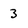
Character: 3